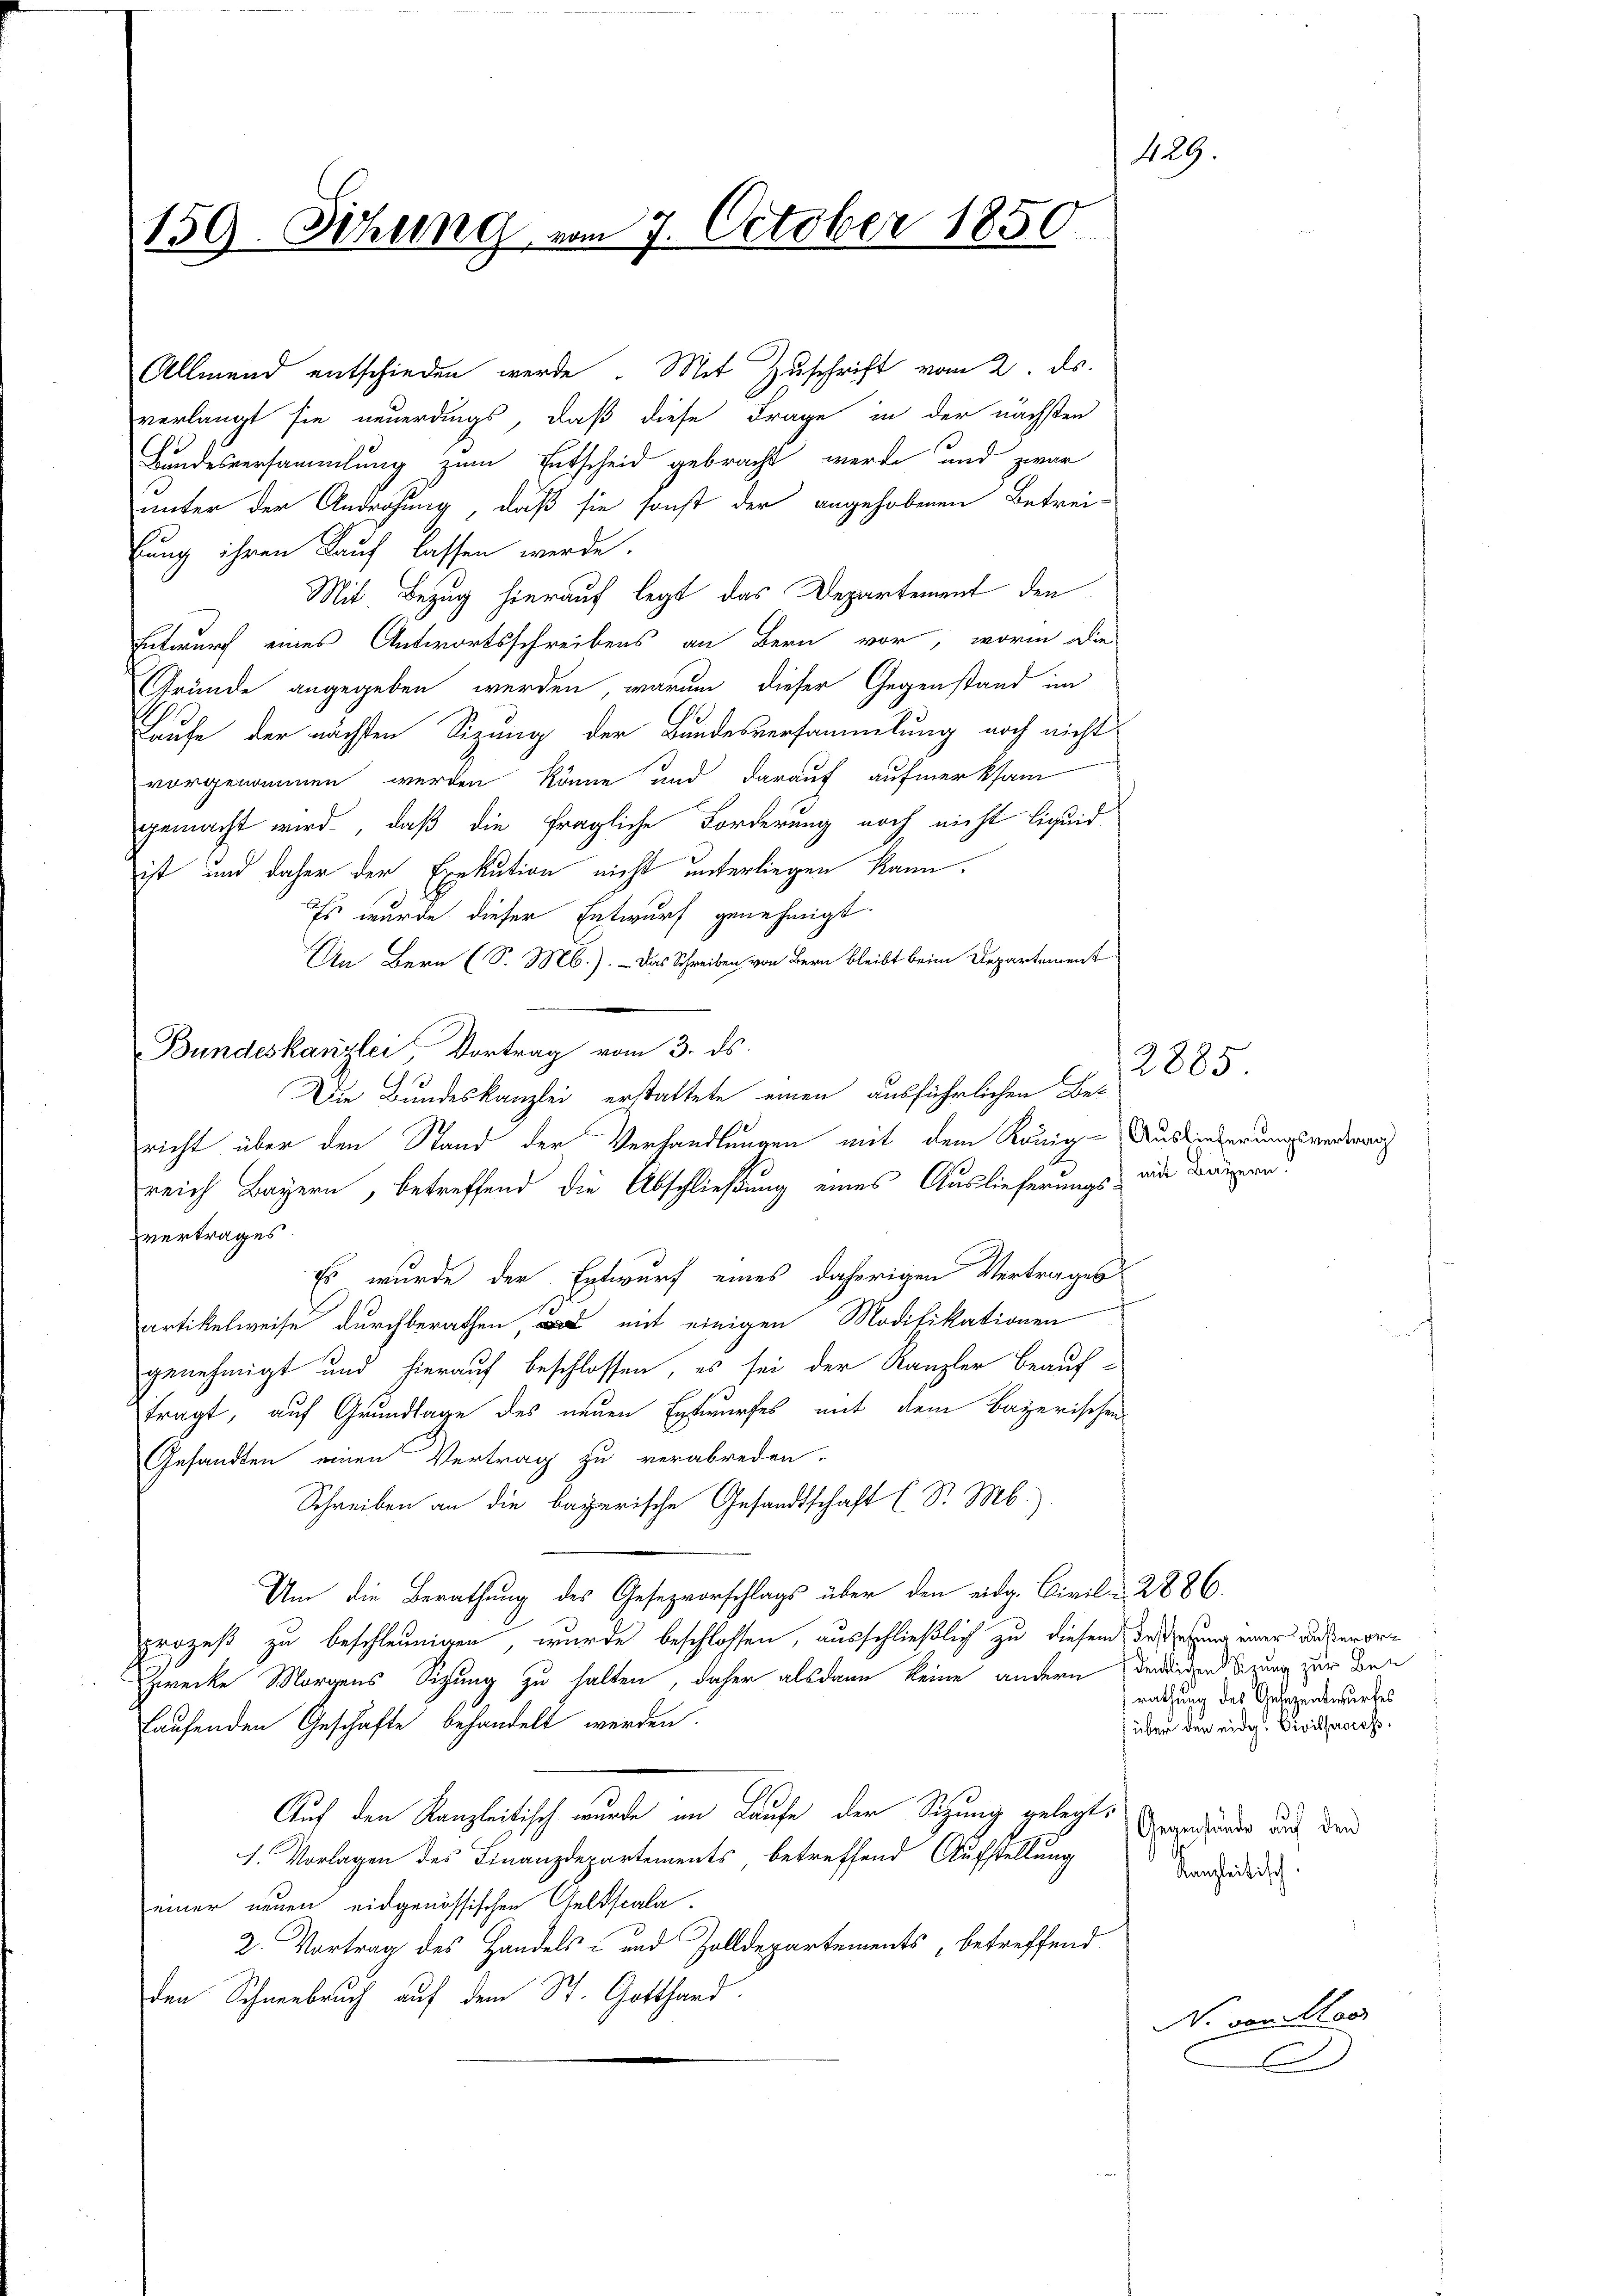
159. Sitzung vom 7. October 1850.

Allmend entschieden werde. Mit Zuschrift vom 2. ds.
verlangt sie neuerdings, daß diese Frage in der nächsten
Bundesversammlung zum Entscheid gebracht werde und zwar
unter der Androhung, daß sie sonst der angehobenen Betrei-
bung ihren Kauf lassen werde.
Mit. Bezug hierauf legt das Departement den
Entwurf eines Antwortsschreibens an Bern vor, worin die
Gründe angegeben werden, warum dieser Gegenstand im
Laufe der nächsten Sizung der Bundesversammlung noch nicht
vorgenommen werden könne und darauf aufmerksam
gemacht wird, daß die fragliche Forderung noch nicht liquid
ist und daher der Exekution nicht unterliegen kann.
Es wurde dieser Entwurf genehmigt.
An Bern (S. M.). - Das Schreiben von Bern bleibt beim Departement
Bundeskanzlei Vortrag vom 3. ds.
Die Bundeskanzlei erstattete einen ausführlichen Betricht über den Stand der Verhandlungen mit dem König Ausliederungsvertrang
reich Bayern, betreffend die Abschließung eines Auslieferungs- wie dauern.
vertrages
Es wurde der Entwurf eines daherigen Vertrages
artikelweise durchberathen, was mit einigen Modifikationen
genehmigt und hierauf beschlossen, es sei der Kanzler beauf-
tragt, auf Grundlage des neuen Entwurfes mit dem Bayerischen
Gesandten einen Vertrag zu verabreden.
Schreiben an die Bayerische Gesandtschaft (S. Mb.).
Um die Berathung des Gesezvorschlags über den eidg. Civil- 2886.
prozeß zu beschleunigen, wurde beschlossen, ausschließlich zu diesem dersehung einer unseren
Zwecke Morgens Sitzung zu halten, daher alsdann keine andern den iden Sizung zur Ben
laufenden Geschäfte behandelt werden.
Auf den Kanzleitisch wurde im Laufe der Sitzung gelegt,
1. Vorlagen des Finanzdepartements, betreffend Aufstellung
einer neuen eidgenössischen Geldscala-
2. Vortrag des Handels- und Zolldepartements, betreffend
den Schneebruch auf dem St. Gotthard.

4.

29.

2885.

rathung des Gesezentwurfes
über den eidg. Civilprocess

Gegenstände auf den
Kanzleitisch.

No von Mor
.